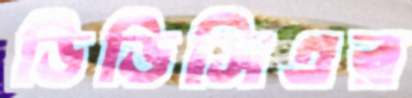
ডিডিসিএর